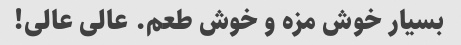
بسیار خوش مزه و خوش طعم. عالی عالی!